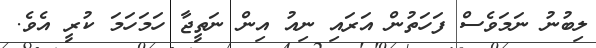
ލިބުނު ނަމަވެސް ފަހަތުން އަރައި ނިއު އިން ނަތީޖާ ހަމަހަމަ ކުރީ އެވެ.